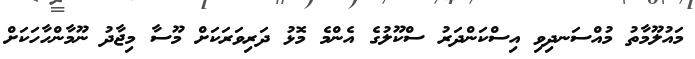
މައުލޫމާތު މުއްސަނދިވި އިސްކަންދަރު ސްކޫލުގެ އެންމެ މޮޅު ދަރިވަރަކަށް މޫސާ މިޖާދު ނޫމާންހާހަކަށް